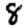
Digit: 8